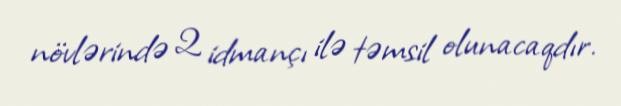
növlərində 2 idmançı ilə təmsil olunacaqdır.